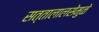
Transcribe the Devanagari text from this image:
सत्तालालसेमुळे